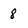
Character: 8